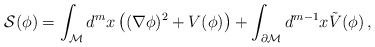
LaTeX: \begin{align*}{\cal S}(\phi )=\int_{\cal M} d^mx\left( (\nabla \phi )^2 +V(\phi)\right) +\int_{\partial {\cal M}} d^{m-1}x\tilde V(\phi )\,,\end{align*}